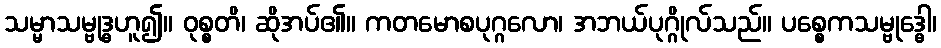
သမ္မာသမ္ဗုဒ္ဓဟူ၍။ ဝုစ္စတိ၊ ဆိုအပ်၏။ ကတမောစပုဂ္ဂလော၊ အဘယ်ပုဂ္ဂိုလ်သည်။ ပစ္စေကသမ္ဗုဒ္ဓေါ၊